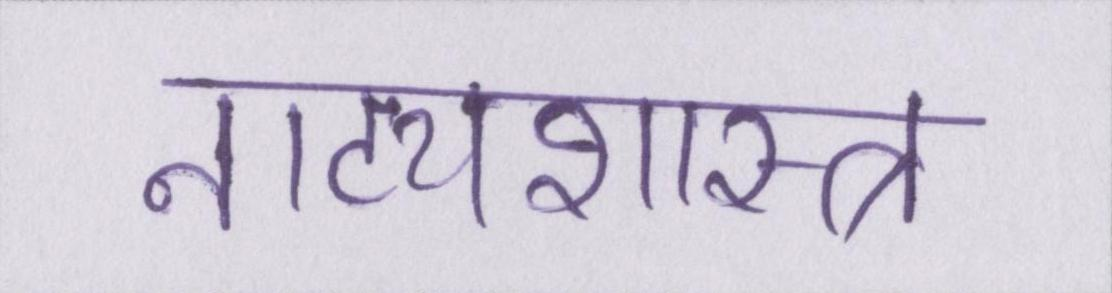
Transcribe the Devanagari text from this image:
नाट्यशास्त्र